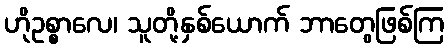
ဟိုဥစ္စာလေ၊ သူတို့နှစ်ယောက် ဘာတွေဖြစ်ကြ